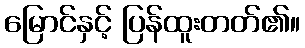
မြောင်နှင့် ပြန်ထူးတတ်၏။